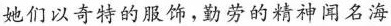
她们以奇特的服饰，勤劳的精神闻名海